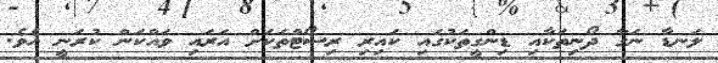
ލަނޑާ ނަގާ ދޯނިތަކާއި ޑިންގީތަކުގައި ކައިރި ރިސޯޓްތަކަށް އަރައި ވައްކަން ކުރަނީ އެވެ.